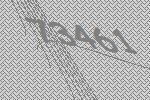
73461